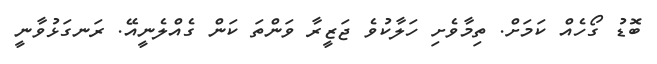
ބޮޑު ގޯހެއް ކަމަށް. ތިމާވެށި ހަލާކުވެ ޖަޒީރާ ވަންތަ ކަން ގެއްލެނީއޭ. ރަނގަޅުވާނީ